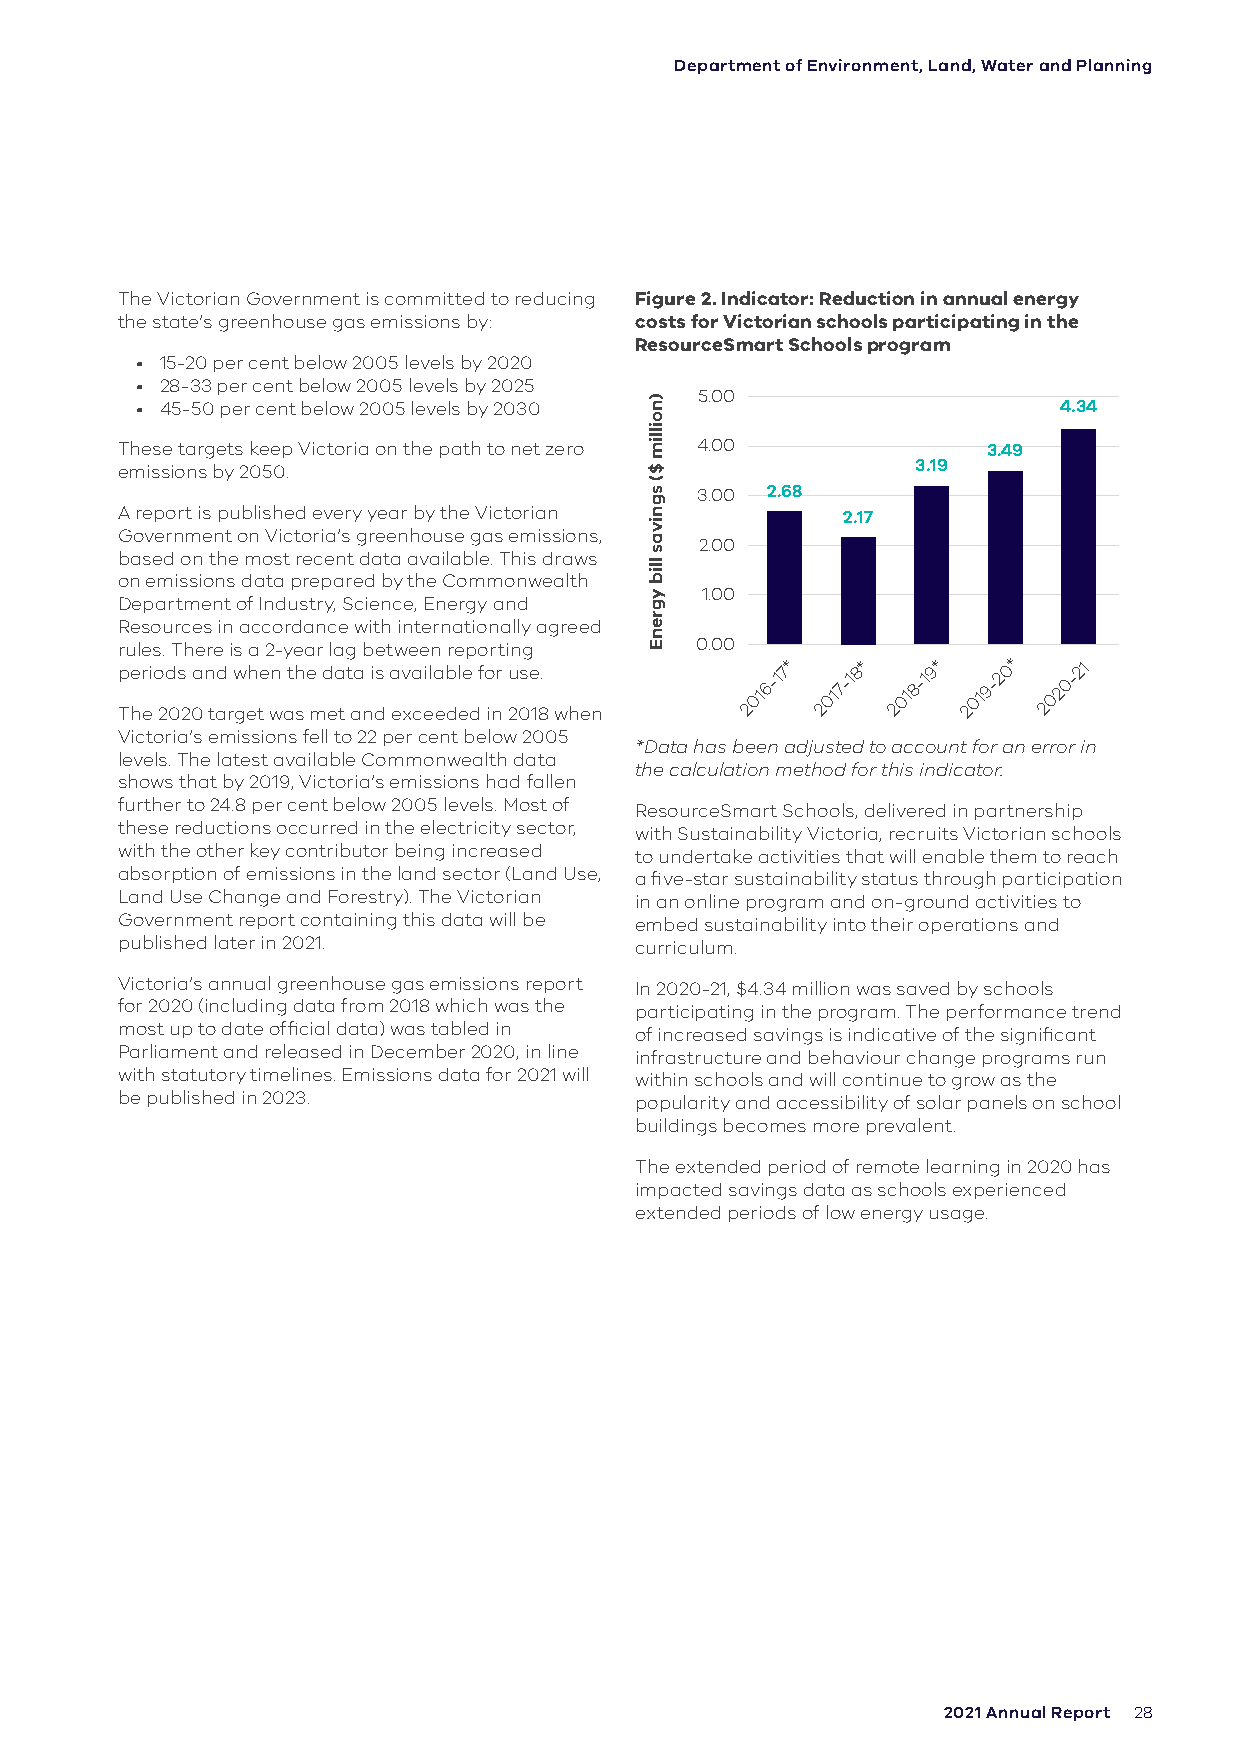
Department of Environment, Land, Water and Planning
 The Victorian Government is committed to reducing Figure 2. Indicator: Reduction in annual energy
 the state’s greenhouse gas emissions by: costs for Victorian schools participating in the
 ResourceSmart Schools program
 • 15-20 per cent below 2005 levels by 2020
 • 28-33 per cent below 2005 levels by 2025
 5.00 • 45-50 per cent below 2005 levels by 2030 4.34
 These targets keep Victoria on the path to net zero 4.00 3.49
 3.19
 emissions by 2050.
 3.00 2.68
 A report is published every year by the Victorian 2.17
 Government on Victoria’s greenhouse gas emissions,
 2.00
 based on the most recent data available. This draws
 on emissions data prepared by the Commonwealth
 1.00
 Department of Industry, Science, Energy and
 Resources in accordance with internationally agreed
 rules. There is a 2-year lag between reporting 0.00
 p Ther ei o 2d 0s
 2
 0a n tad
 r
 w geh te wn ath
 s
 e
 m
 d ea
 t
 t aa
 n
 i ds a ev xa ceila eb dl ee
 d
 f o inr 2u 0se 18.
 w hen
 2016-17* 2017-18* 2018-19* 2019-20* 2020-21
 Victoria’s emissions fell to 22 per cent below 2005
 *Data has been adjusted to account for an error in
 levels. The latest available Commonwealth data
 the calculation method for this indicator.
 shows that by 2019, Victoria’s emissions had fallen
 further to 24.8 per cent below 2005 levels. Most of ResourceSmart Schools, delivered in partnership
 these reductions occurred in the electricity sector, with Sustainability Victoria, recruits Victorian schools
 with the other key contributor being increased to undertake activities that will enable them to reach
 absorption of emissions in the land sector (Land Use, a five-star sustainability status through participation
 Land Use Change and Forestry). The Victorian in an online program and on-ground activities to
 Government report containing this data will be embed sustainability into their operations and
 published later in 2021.          curriculum.
 Victoria’s annual greenhouse gas emissions report In 2020-21, $4.34 million was saved by schools
 for 2020 (including data from 2018 which was the participating in the program. The performance trend
 most up to date official data) was tabled in of increased savings is indicative of the significant
 Parliament and released in December 2020, in line infrastructure and behaviour change programs run
 with statutory timelines. Emissions data for 2021 will within schools and will continue to grow as the
 be published in 2023.             popularity and accessibility of solar panels on school
 buildings becomes more prevalent.
 The extended period of remote learning in 2020 has
 impacted savings data as schools experienced
 extended periods of low energy usage.
 2021 Annual Report 28
 )noillim
 $(
 sgnivas
 llib
 ygrenE